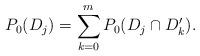
LaTeX: \begin{align*}P_0(D_j)=\sum\limits_{k=0}^m P_0(D_j\cap D'_k).\end{align*}